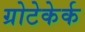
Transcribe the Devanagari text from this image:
ग्रोटेकेर्क